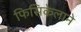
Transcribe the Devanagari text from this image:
फिसिकेलाने